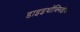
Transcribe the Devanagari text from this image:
डाइइथॉक्सिईथेन